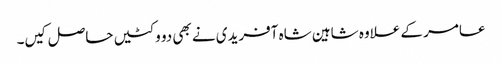
عامر کے علاوہ شاہین شاہ آفریدی نے بھی دو وکٹیں حاصل کیں۔